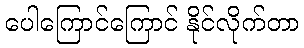
ပေါကြောင်ကြောင် နိုင်လိုက်တာ